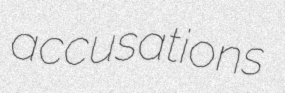
accusations